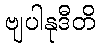
ဗျပါနုဒီတိ